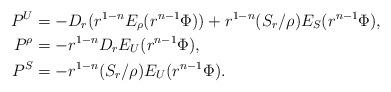
LaTeX: \begin{align*}\begin{aligned}P^U & = -D_r(r^{1-n} E_\rho(r^{n-1}\Phi)) +r^{1-n}(S_r/\rho) E_S(r^{n-1}\Phi),\\P^\rho & = -r^{1-n}D_r E_U(r^{n-1}\Phi),\\P^S & = -r^{1-n}(S_r/\rho) E_U(r^{n-1}\Phi). \end{aligned}\end{align*}